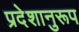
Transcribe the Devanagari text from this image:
प्रदेशानुरूप